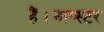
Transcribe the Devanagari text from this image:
हैं।नाप्स्टर